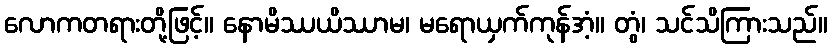
လောကတရားတို့ဖြင့်။ နောမိဿယိဿာမ၊ မရောယှက်ကုန်အံ့။ တွံ၊ သင်သိကြားသည်။